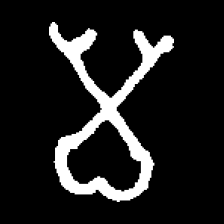
Pyu character \u2014 Myanmar letter: မ (romanized: ma)